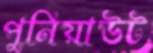
পুনিয়াউট